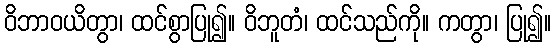
ဝိဘာဝယိတွာ၊ ထင်စွာပြု၍။ ဝိဘူတံ၊ ထင်သည်ကို။ ကတွာ၊ ပြု၍။